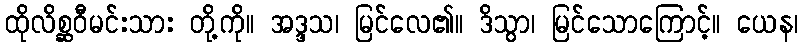
ထိုလိစ္ဆဝီမင်းသား တို့ကို။ အဒ္ဒသ၊ မြင်လေ၏။ ဒိသွာ၊ မြင်သောကြောင့်။ ယေန၊